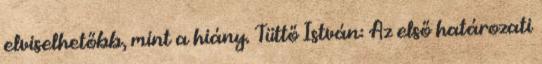
elviselhetőbb, mint a hiány. Tüttő István: Az első határozati